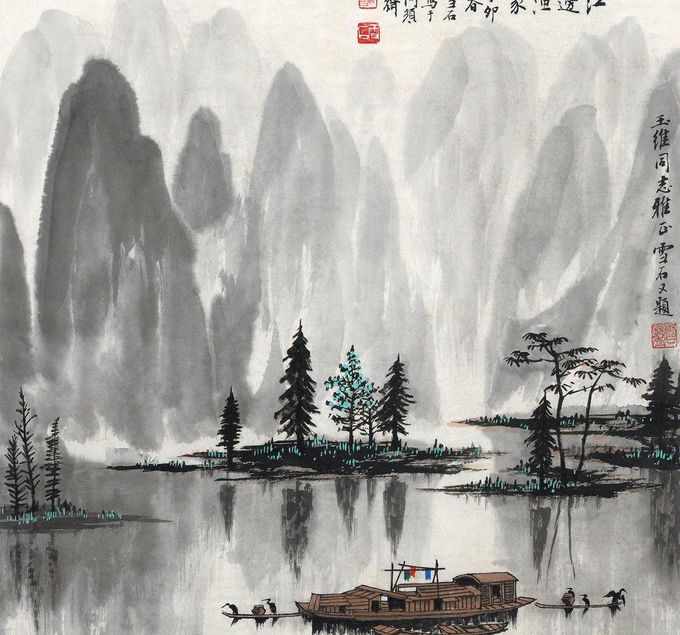
一壶酒，一竿身，快活如侬有几人。